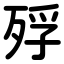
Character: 殍